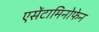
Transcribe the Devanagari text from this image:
एसेंटामिनोफेन